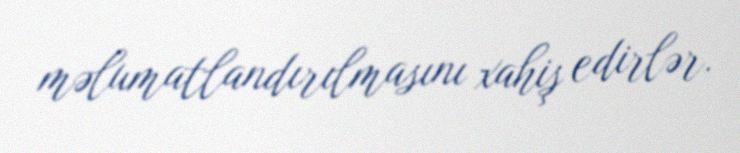
məlumatlandırılmasını xahiş edirlər.